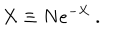
X \equiv N e ^ { - { \cal X } } ~ . \nonumber